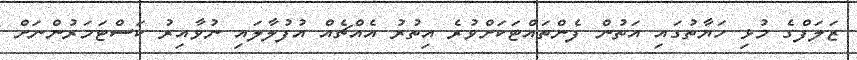
ޒަލަފްގެ މުޅި ހަޔާތުގައި އަތުން ފެންތައްޓަކަށްވުރެ އިތުރު އެއްޗެއް އުފުލާލައި ނުވާއިރު ކަސްޓަމަރުންނަށް